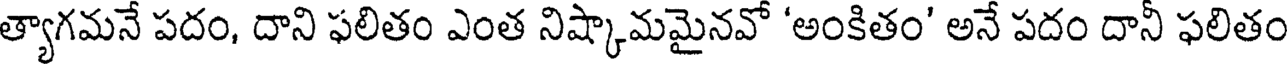
త్యాగమనే పదం, దాని ఫలితం ఎంత నిష్కామమైనవో 'అంకితం' అనే పదం దానీ ఫలితం